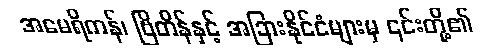
အမေရိကန်၊ ဗြိတိန်နှင့် အခြားနိုင်ငံများမှ ၎င်းတို့၏